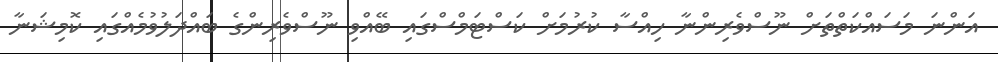
އަންނަ މަސައްކަތްތަށް ނޫސްވެރިންނާ ހިއްސާ ކުރުމަށް ކަސްޓަމްސްގައި ބޭއްވި ނޫސްވެރިންގެ ބައްދަލުވުމެއްގައި ކޮމިޝަނާ